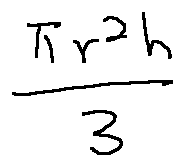
\frac { \pi r ^ { 2 } h } { 3 }